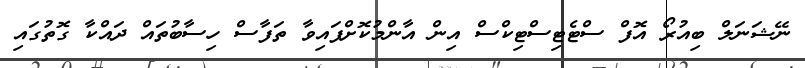
ނޭޝަނަލް ބިއުރޯ އޮފް ސްޓެޓިސްޓިކްސް އިން އާންމުކޮށްފައިވާ ތަފާސް ހިސާބުތައް ދައްކާ ގޮތުގައި